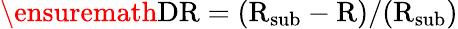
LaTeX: \ensuremath{\mathrm{DR}}=(\mathrm{R_{sub}}-\mathrm{R})/(\mathrm{R_{sub}})